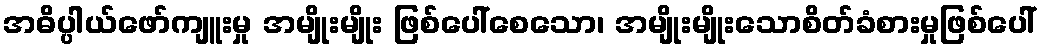
အဓိပ္ပါယ်ဖော်ကျူးမှု အမျိုးမျိုး ဖြစ်ပေါ်စေသော၊ အမျိုးမျိုးသောစိတ်ခံစားမှုဖြစ်ပေါ်